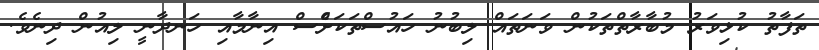
ތަފާތު ކުޅިވަރު މުބާރާތްތަކުން ވަނަތައް ލިބުނު ހައުސްތަކަށްެސް އިނާމާއި ހަނދާނީ ލިއުން ދިނެވެ.